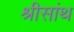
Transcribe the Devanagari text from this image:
श्रीसांथ